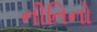
નીતિનો